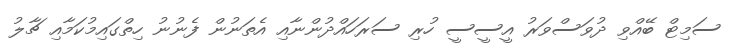
ސަމިޓް ބޭއްވި ދުވަސްވަރު އީސީސީ ހުރި ސަރަހައްދުންނާއި އެތަނުން ފެނުނު ހިތްގައިމުކަމާއި ޗާލު